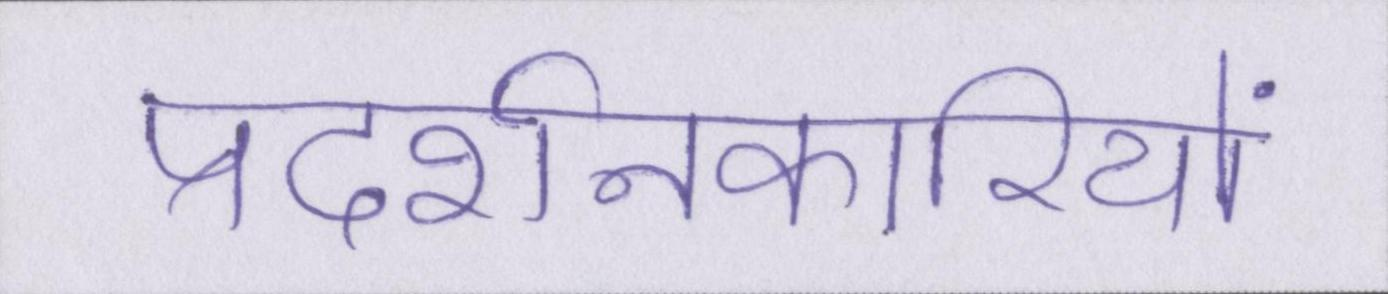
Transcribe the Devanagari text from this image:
प्रदर्शनकारियों